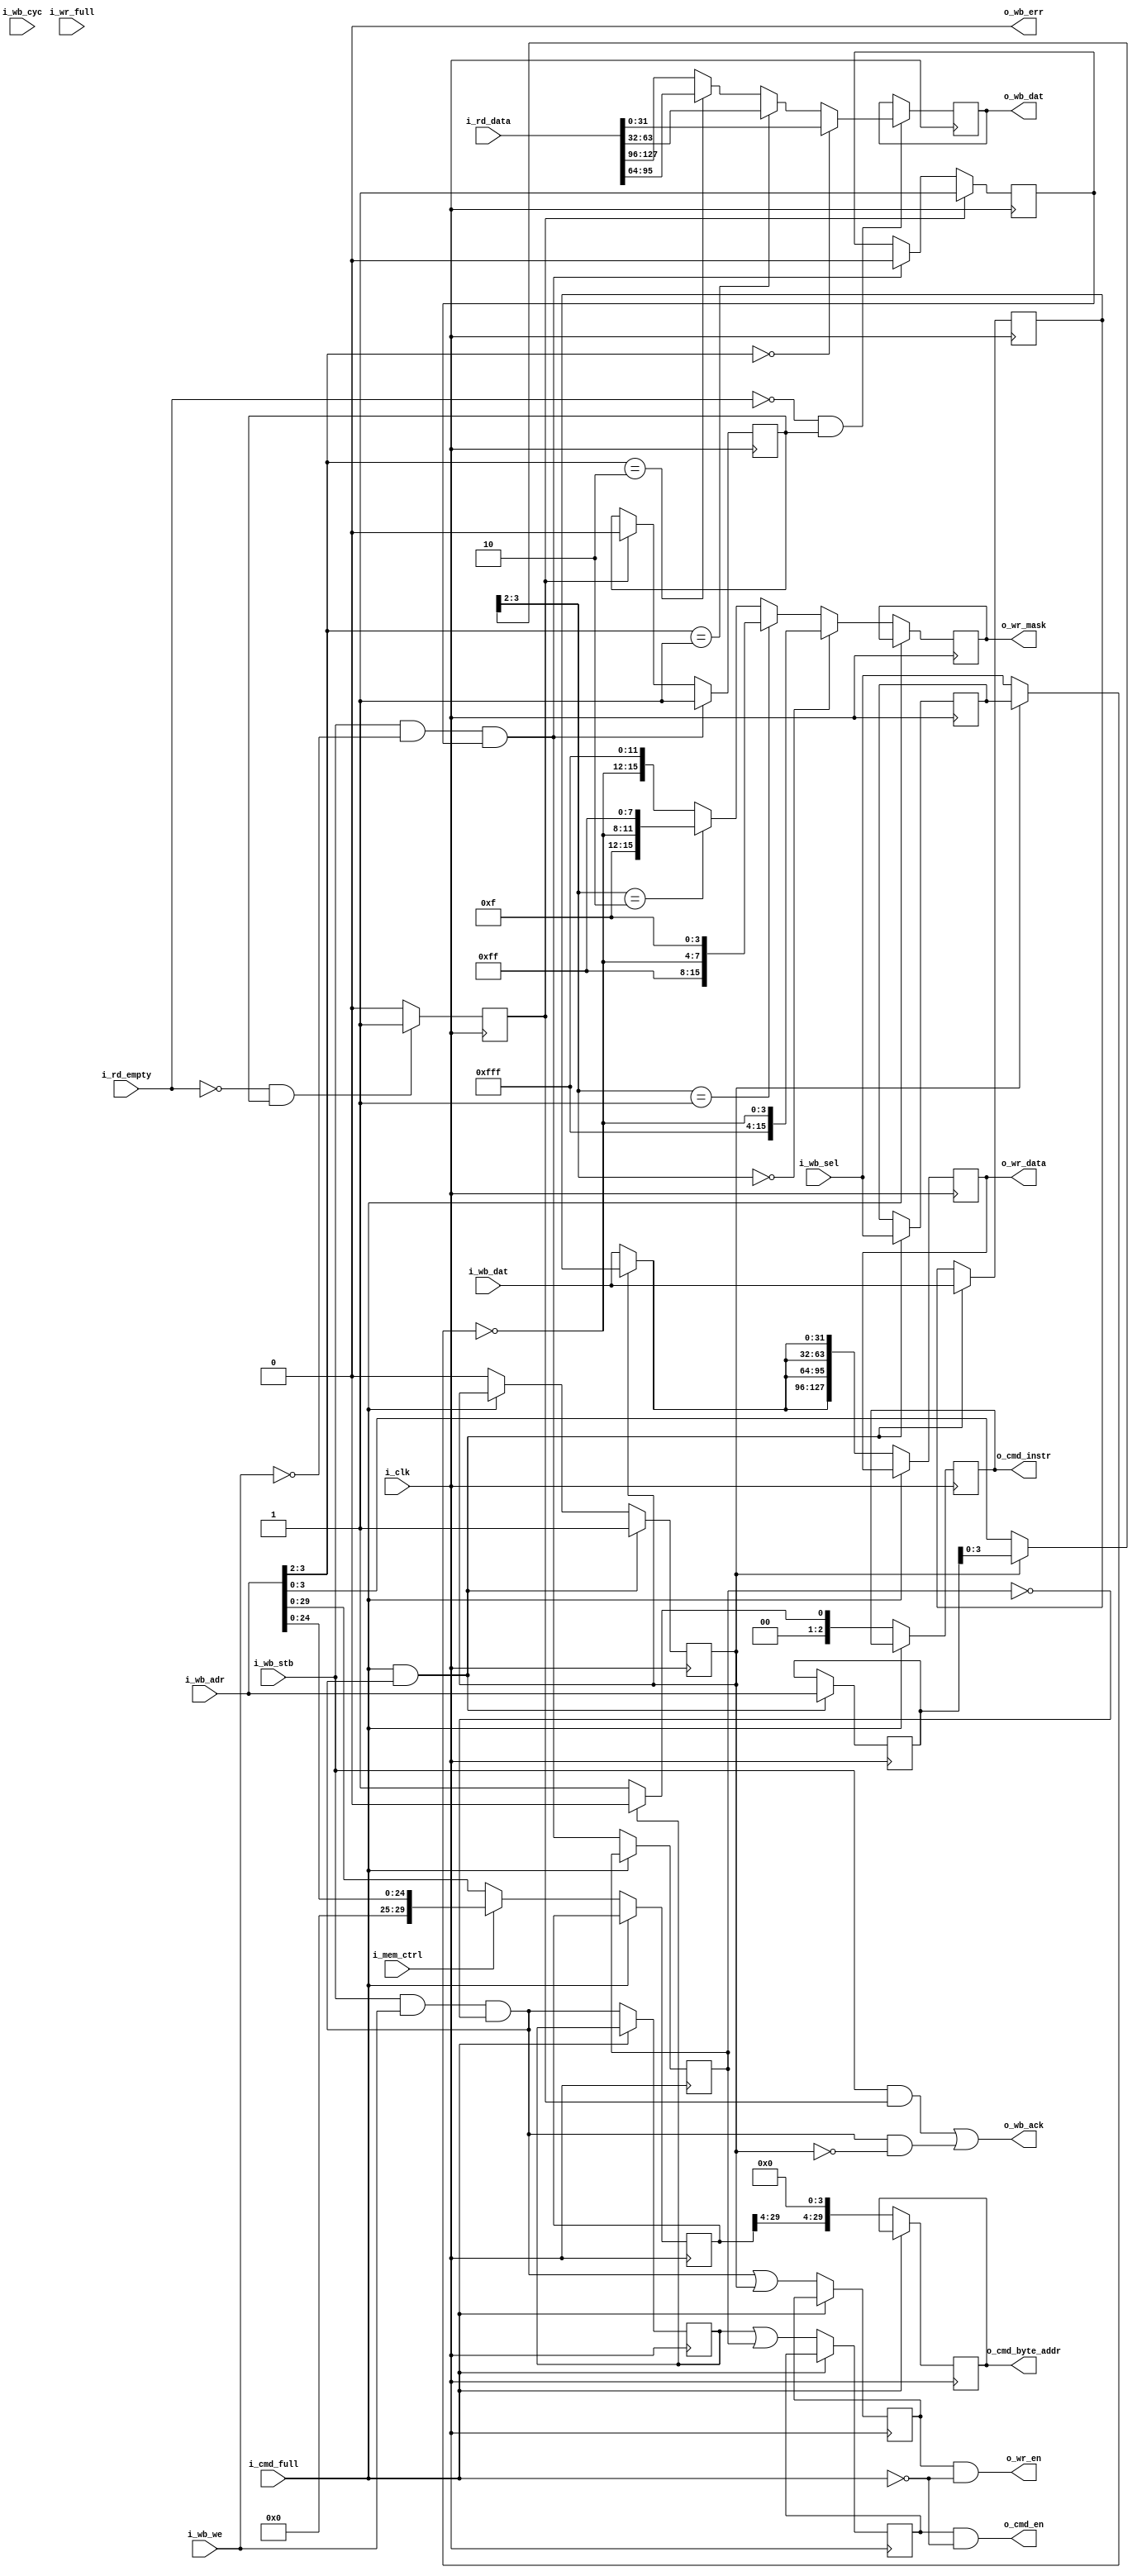
module wb_xs6_ddr3_bridge #(
parameter WB_DWIDTH   = 32,
parameter WB_SWIDTH   = 4
)(
input                          i_clk,

input                          i_mem_ctrl,  // 0=128MB, 1=32MB

// Wishbone Bus
input       [31:0]             i_wb_adr,
input       [WB_SWIDTH-1:0]    i_wb_sel,
input                          i_wb_we,
output reg  [WB_DWIDTH-1:0]    o_wb_dat         = 'd0,
input       [WB_DWIDTH-1:0]    i_wb_dat,
input                          i_wb_cyc,
input                          i_wb_stb,
output                         o_wb_ack,
output                         o_wb_err,

output                         o_cmd_en,                // Command Enable
output reg [2:0]               o_cmd_instr      = 'd0,  // write = 000, read = 001
output reg [29:0]              o_cmd_byte_addr  = 'd0,  // Memory address
input                          i_cmd_full,              // DDR3 I/F Command FIFO is full

input                          i_wr_full,               // DDR3 I/F Write Data FIFO is full
output                         o_wr_en,                 // Write data enable
output reg [15:0]              o_wr_mask        = 'd0,  // 1 bit per byte
output reg [127:0]             o_wr_data        = 'd0,  // 16 bytes write data
input      [127:0]             i_rd_data,               // 16 bytes of read data
input                          i_rd_empty               // low when read data is valid

);
                 
wire            write_request;
wire            read_request;
reg             write_request_r;
reg             read_request_r;
reg             read_active_r = 'd0;
reg  [29:0]     wb_adr_r;
reg             cmd_full_r = 1'd0;
reg             read_ack_r = 'd0;
reg             read_ready = 1'd1;
reg             cmd_en_r = 'd0;
reg             wr_en_r = 'd0;
wire            write_ack;

// Buffer 1 write request
reg                     write_buf_r = 1'd0;
reg     [WB_SWIDTH-1:0] wb_sel_buf_r = 'd0;
reg     [WB_DWIDTH-1:0] wb_dat_buf_r = 'd0;
reg     [31:0]          wb_adr_buf_r = 'd0;
wire    [WB_SWIDTH-1:0] wb_sel;
wire    [WB_DWIDTH-1:0] wb_dat;
wire    [31:0]          wb_adr;


assign write_request = i_wb_stb && i_wb_we && !read_request_r;
assign read_request  = i_wb_stb && !i_wb_we && read_ready;

assign o_wb_err      = 'd0;

// ------------------------------------------------------
// Outputs
// ------------------------------------------------------
always @( posedge i_clk )
    cmd_full_r       <= i_cmd_full;

// Command FIFO
always @( posedge i_clk )
    if ( !i_cmd_full )
        begin
        o_cmd_byte_addr  <= {wb_adr_r[29:4], 4'd0};
        cmd_en_r         <= ( write_request_r || read_request_r );
        o_cmd_instr      <= write_request_r ? 3'd0 : 3'd1;
        end

assign o_cmd_en = cmd_en_r && !i_cmd_full;


// ------------------------------------------------------
// Write Buffer
// ------------------------------------------------------
always @( posedge i_clk )
    if ( i_cmd_full && write_request )
        begin
        write_buf_r     <= 1'd1;
        wb_sel_buf_r    <= i_wb_sel;
        wb_dat_buf_r    <= i_wb_dat;
        wb_adr_buf_r    <= i_wb_adr;
        end
    else if ( !i_cmd_full )
        write_buf_r     <= 1'd0;

// ------------------------------------------------------
// Write
// ------------------------------------------------------

// Select between incoming reqiests and the write request buffer
assign wb_sel = write_buf_r ? wb_sel_buf_r : i_wb_sel;
assign wb_dat = write_buf_r ? wb_dat_buf_r : i_wb_dat;
assign wb_adr = write_buf_r ? wb_adr_buf_r : i_wb_adr;


generate
if (WB_DWIDTH == 32) begin :wb32w

    always @( posedge i_clk )
        if ( !i_cmd_full )
            begin
            wr_en_r    <= write_request || write_buf_r;
            
            o_wr_mask  <= wb_adr[3:2] == 2'd0 ? { 12'hfff, ~wb_sel          } : 
                          wb_adr[3:2] == 2'd1 ? { 8'hff,   ~wb_sel, 4'hf    } : 
                          wb_adr[3:2] == 2'd2 ? { 4'hf,    ~wb_sel, 8'hff   } : 
                                                {          ~wb_sel, 12'hfff } ; 
            
            o_wr_data  <= {4{wb_dat}};
            end

end
else begin : wb128w

    always @( posedge i_clk )
        if ( !i_cmd_full )
            begin
            wr_en_r    <= write_request;
            o_wr_mask  <= ~wb_sel; 
            o_wr_data  <= wb_dat;
            end

end
endgenerate

assign o_wr_en = wr_en_r && !i_cmd_full;


// ------------------------------------------------------
// Read
// ------------------------------------------------------
always @( posedge i_clk )
    begin
    if ( read_ack_r )
        read_ready <= 1'd1;
    else if ( read_request )
        read_ready <= 1'd0;
    
    if ( !i_cmd_full )
        begin
        write_request_r  <= write_request;
        read_request_r   <= read_request;
        wb_adr_r         <= i_mem_ctrl ? {5'd0, i_wb_adr[24:0]} : i_wb_adr[29:0];
        end
        
    if ( read_request  )
        read_active_r <= 1'd1;
    else if ( read_ack_r )
        read_active_r <= 1'd0;
    
    if ( i_rd_empty == 1'd0 && read_active_r )
        read_ack_r  <= 1'd1;
    else
        read_ack_r  <= 1'd0;
    end


generate
if (WB_DWIDTH == 32) begin :wb32r

    always @( posedge i_clk )
        if ( !i_rd_empty && read_active_r )
            o_wb_dat  <= i_wb_adr[3:2] == 2'd0 ? i_rd_data[ 31: 0] :
                         i_wb_adr[3:2] == 2'd1 ? i_rd_data[ 63:32] :
                         i_wb_adr[3:2] == 2'd2 ? i_rd_data[ 95:64] :
                                                 i_rd_data[127:96] ;

end
else begin : wb128r

    always @( posedge i_clk )
        if ( !i_rd_empty && read_active_r )
            o_wb_dat  <= i_rd_data;

end
endgenerate

assign write_ack = write_request && !write_buf_r;         
assign o_wb_ack  = ( i_wb_stb && read_ack_r ) || write_ack;

    
endmodule